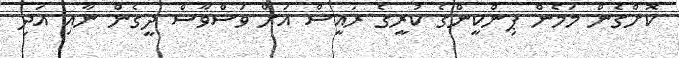
ކޮށްގެން މަމެން ޕިންކީންގެ ކުރީގެ ރައީސް އަށް ވަސްވާސް ދީގެން ނާއި އަދި